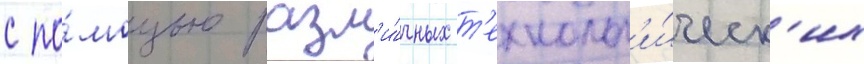
с по́мощью разл'и́чных т'ехнолог'и́ческ'их